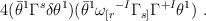
LaTeX: \begin{align*}4 (\bar{\theta}^1 \Gamma^s \delta \theta^1)(\bar{\theta}^1 \omega_{[r}{}^{-I} \Gamma_{s]} \Gamma^{+I} \theta^1) ~.\end{align*}